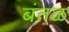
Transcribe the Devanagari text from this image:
बंतळ